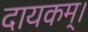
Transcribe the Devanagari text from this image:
दायकम्।